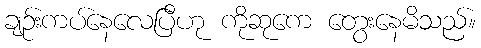
ချဉ်းကပ်နေလေပြီဟု ကိုဆုကေ တွေးနေမိသည်။